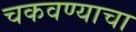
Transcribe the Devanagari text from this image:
चकवण्याचा